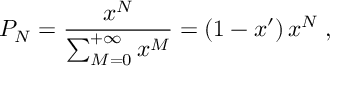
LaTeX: P _ { N } = \frac { x ^ { N } } { \sum _ { M = 0 } ^ { + \infty } x ^ { M } } = \left( 1 - x ^ { \prime } \right) x ^ { N } \; ,